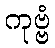
ကုဗ္ဗံ